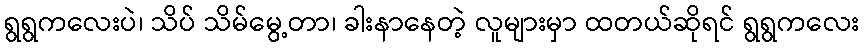
ရွရွကလေးပဲ၊ သိပ် သိမ်မွေ့တာ၊ ခါးနာနေတဲ့ လူများမှာ ထတယ်ဆိုရင် ရွရွကလေး